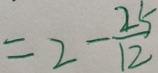
= 2 - \frac { 2 5 } { 1 2 }